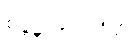
စန္ဒနသာရလိတ္တံ